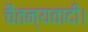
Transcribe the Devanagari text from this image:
चैतन्यवादी।